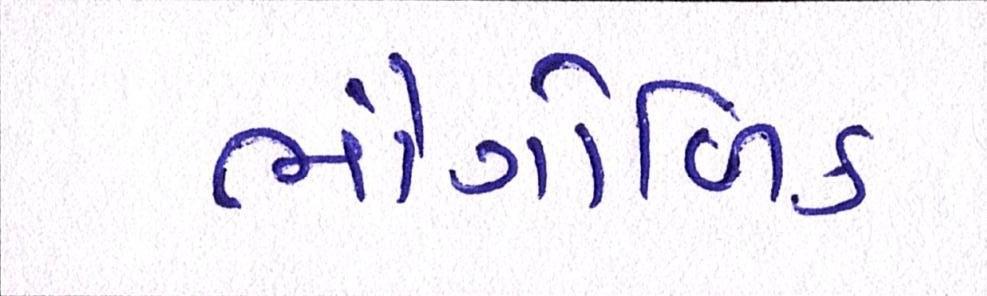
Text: ભૌગોળિક